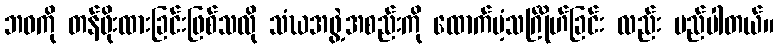
ဘဝကို တန်ဖိုးထားခြင်းဖြစ်သလို သံဃအဖွဲ့အစည်းကို ထောက်ပံ့သင်္ဂြိုဟ်ခြင်း လည်း မည်ပါတယ်။